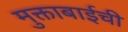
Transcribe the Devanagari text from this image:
मुक्ताबाईची